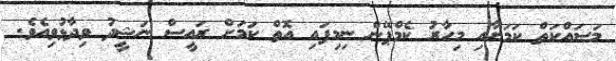
މަސައްކަތް ކަމަށާއި މިހާރު ކެމްޕޭން ނިމިފައި އޮތް ކަމަށް ރައީސް ނަޝީދު ވިދާޅުވިއެވެ.